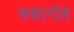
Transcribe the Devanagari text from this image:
नकारांत